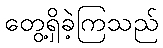
တွေ့ရှိခဲ့ကြသည်